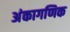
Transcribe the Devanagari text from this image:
अंकागणिक